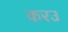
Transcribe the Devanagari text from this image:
करउ